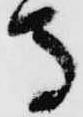
馬